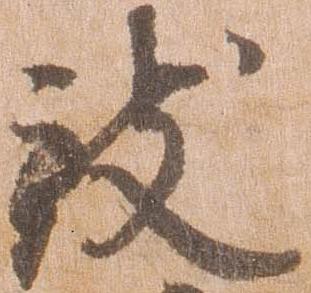
致